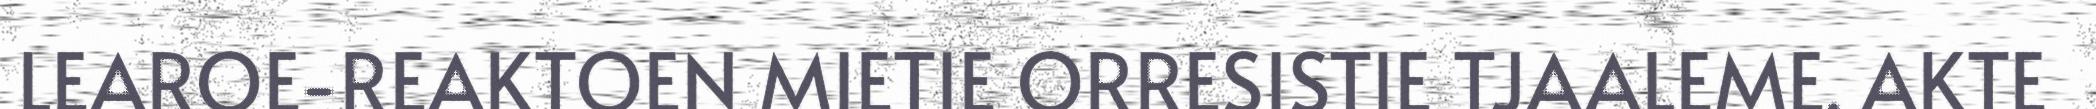
LEAROE-REAKTOEN MIETIE ORRESISTIE TJAALEME. AKTE